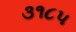
૩૧૮૫